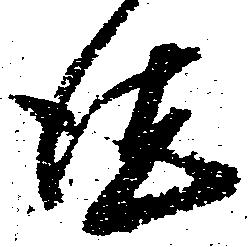
徳